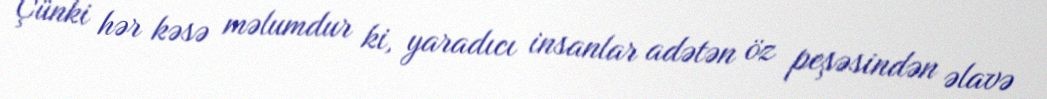
Çünki hər kəsə məlumdur ki, yaradıcı insanlar adətən öz peşəsindən əlavə